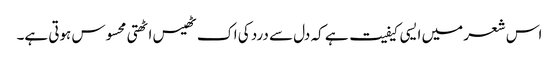
اس شعر میں ایسی کیفیت ہے کہ دل سے درد کی اک ٹھیس اٹھتی محسوس ہوتی ہے۔